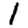
Digit: 1